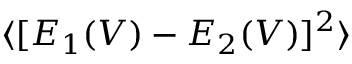
\langle [ E _ { 1 } ( V ) - E _ { 2 } ( V ) ] ^ { 2 } \rangle